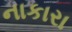
નાકારા